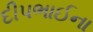
દીપભાઈના